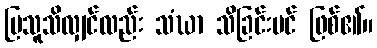
ပြသူသိလျှင်လည်း သံဃာ သိခြင်းပင် ဖြစ်၏။